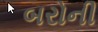
બરોની